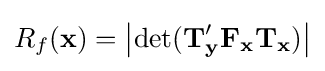
R_{f}(\mathbf {x} )=\left|\operatorname {det} (\mathbf {T} _{\mathbf {y} }'\mathbf {F_{x}T_{x}} )\right|